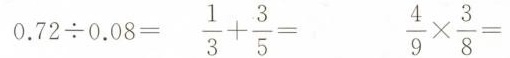
$$0 . 7 2 \div 0 . 0 8 =$$ $$\frac { 1 } { 3 } + \frac { 3 } { 5 } =$$ $$\frac { 4 } { 9 } \times \frac { 3 } { 8 } =$$